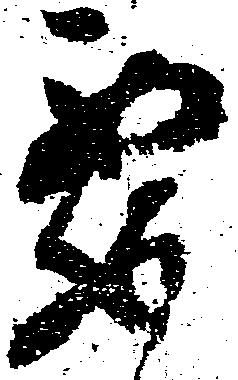
要